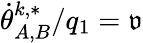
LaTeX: \dot{\theta}_{A,B}^{k,*}/q_{1}=\mathfrak{v}